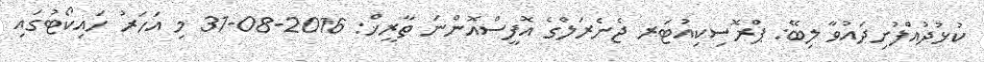
ކުޅުދުއްފުށިދައުވާ ލިބޭ: ޕްރޮސިކިއުޓަރ ޖެނެރަލްގެ އޮފީސްއޮންނަ ތާރީޚް: 2016-08-31 މި އަހަރު ހައިކޯޓުގައި